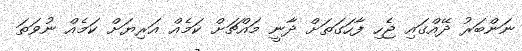
ނަންބަރު ދޭއްގައި ޖެހި ފާހަގަތަށް ދާނީ މައްޗަށް ކަމެއް އަރިޔަށް ކަމެއް ނުވަތަ